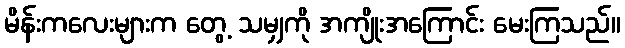
မိန်းကလေးများက တွေ့ သမျှကို အကျိုးအကြောင်း မေးကြသည်။